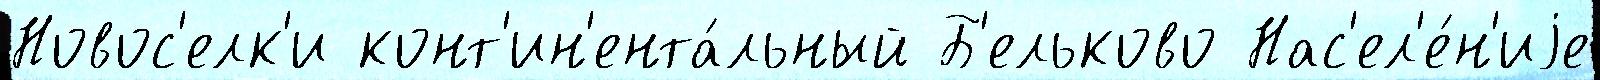
Новос'елк'и конт'ин'ента́льный Б'ельково Нас'ел'е́н'иjе